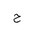
Letter: _ha